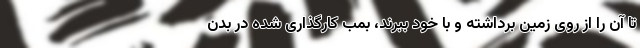
تا آن را از روی زمین برداشته و با خود ببرند، بمب کارگذاری شده در بدن